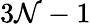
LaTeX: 3\mathcal{N}-1